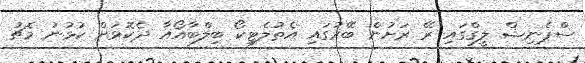
ސްޕެނިޝް ލީގްގައި ރޭ ރަށުން ބޭރުގައި އެތުލެޓިކޯ ބިލްބާއޯއާ ދެކޮޅަށް ކުޅުނު މެޗު